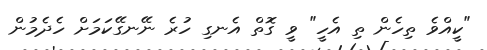
"ކީއްވެ ތިހެން ތި އެހީ" ވީ ގޮތް އެނގި ހުރެ ނޭނގޭކަމަށް ހެދެމުން